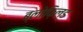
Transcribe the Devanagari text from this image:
ब्लोफ़िल्ड